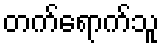
တက်ရောက်သူ